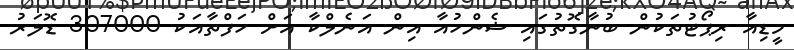
މީޑިއާ ރިޕޯޓުތަކުން ބުނާގޮތުގައި ޝެންހުއާ އިން އަނެލްކާ އަށް ހަފްތާއަކު 307000 ޑޮލަރު